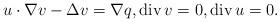
LaTeX: \begin{align*}u\cdot \nabla v-\Delta v=\nabla q, {\rm div }\,v=0, {\rm div}\, u=0.\end{align*}